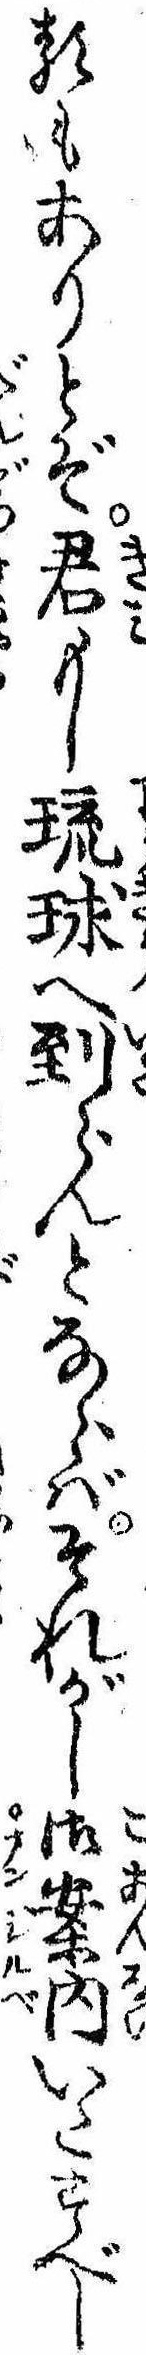
るもありとぞ君もし琉球へ到らんとならばそれがし御案内いたすべし